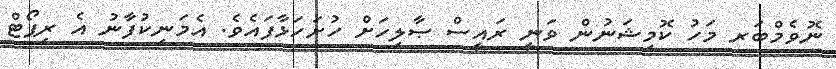
ނޮވެމްބަރ މަހު ކޮމިޝަނުން ވަނީ ރައީސް ޞާލިހަށް ހުށަހަޅާފައެވެ. އެމަނިކުފާނު އެ ރިޕޯޓް